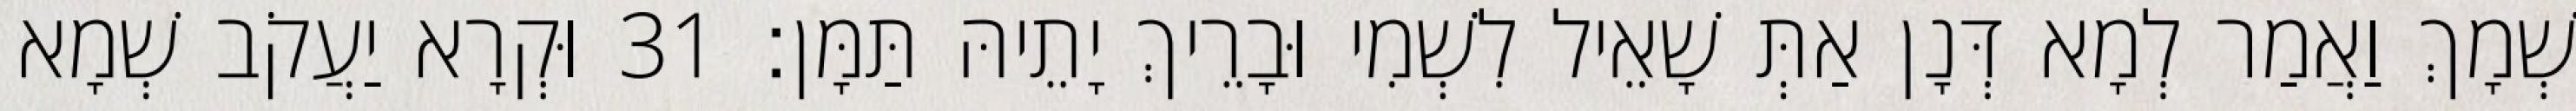
שְׁמָךְ וַאֲמַר לְמָא דְּנָן אַתְּ שָׁאֵיל לִשְׁמִי וּבָרֵיךְ יָתֵיהּ תַּמָּן׃ 31 וּקְרָא יַעֲקֹב שְׁמָא